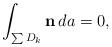
LaTeX: \begin{align*} \int_{\sum D_k} {\bf n} \, da = 0,\end{align*}